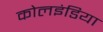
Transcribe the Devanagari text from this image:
कोलइंडिया